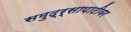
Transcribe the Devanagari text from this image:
समुद्र्सापाटीवर